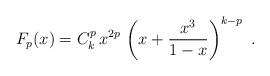
LaTeX: \begin{align*}F_p(x)=C_k^p\, x^{2p}\, \left (x+\frac{x^3}{1-x}\right )^{k-p}\ .\end{align*}